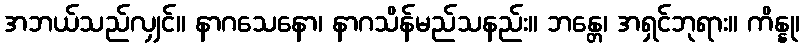
အဘယ်သည်လျှင်။ နာဂသေနော၊ နာဂသိန်မည်သနည်း။ ဘန္တေ၊ အရှင်ဘုရား။ ကိန္နု၊